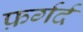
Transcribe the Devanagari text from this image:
फ़र्गर्द